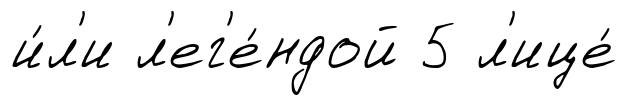
и́л'и л'ег'е́ндой 5 л'ице́